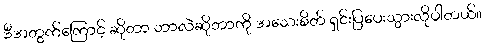
ဒီအတွက်ကြောင့် ဆိုတာ ဘာလဲဆိုတာကို အသေးစိတ် ရှင်းပြပေးသွားလိုပါတယ်။